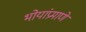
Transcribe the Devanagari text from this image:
भोयांप्रमाणे